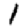
Digit: 1